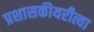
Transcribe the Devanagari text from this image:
प्रशासकीयरीत्या